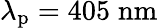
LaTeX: \lambda_{\mathrm{p}}=405\; \mathrm{nm}